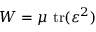
W = \mu ~ \mathrm { t r } ( { \boldsymbol { \varepsilon } } ^ { 2 } )